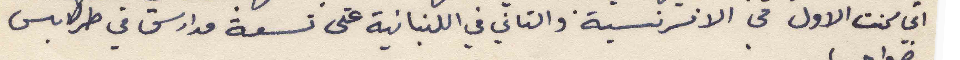
اني كنت الأول في الافرنسية والثاني في اللبنانية في تسعة مدارس في طرابلس